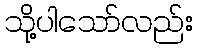
သို့ပါသော်လည်း